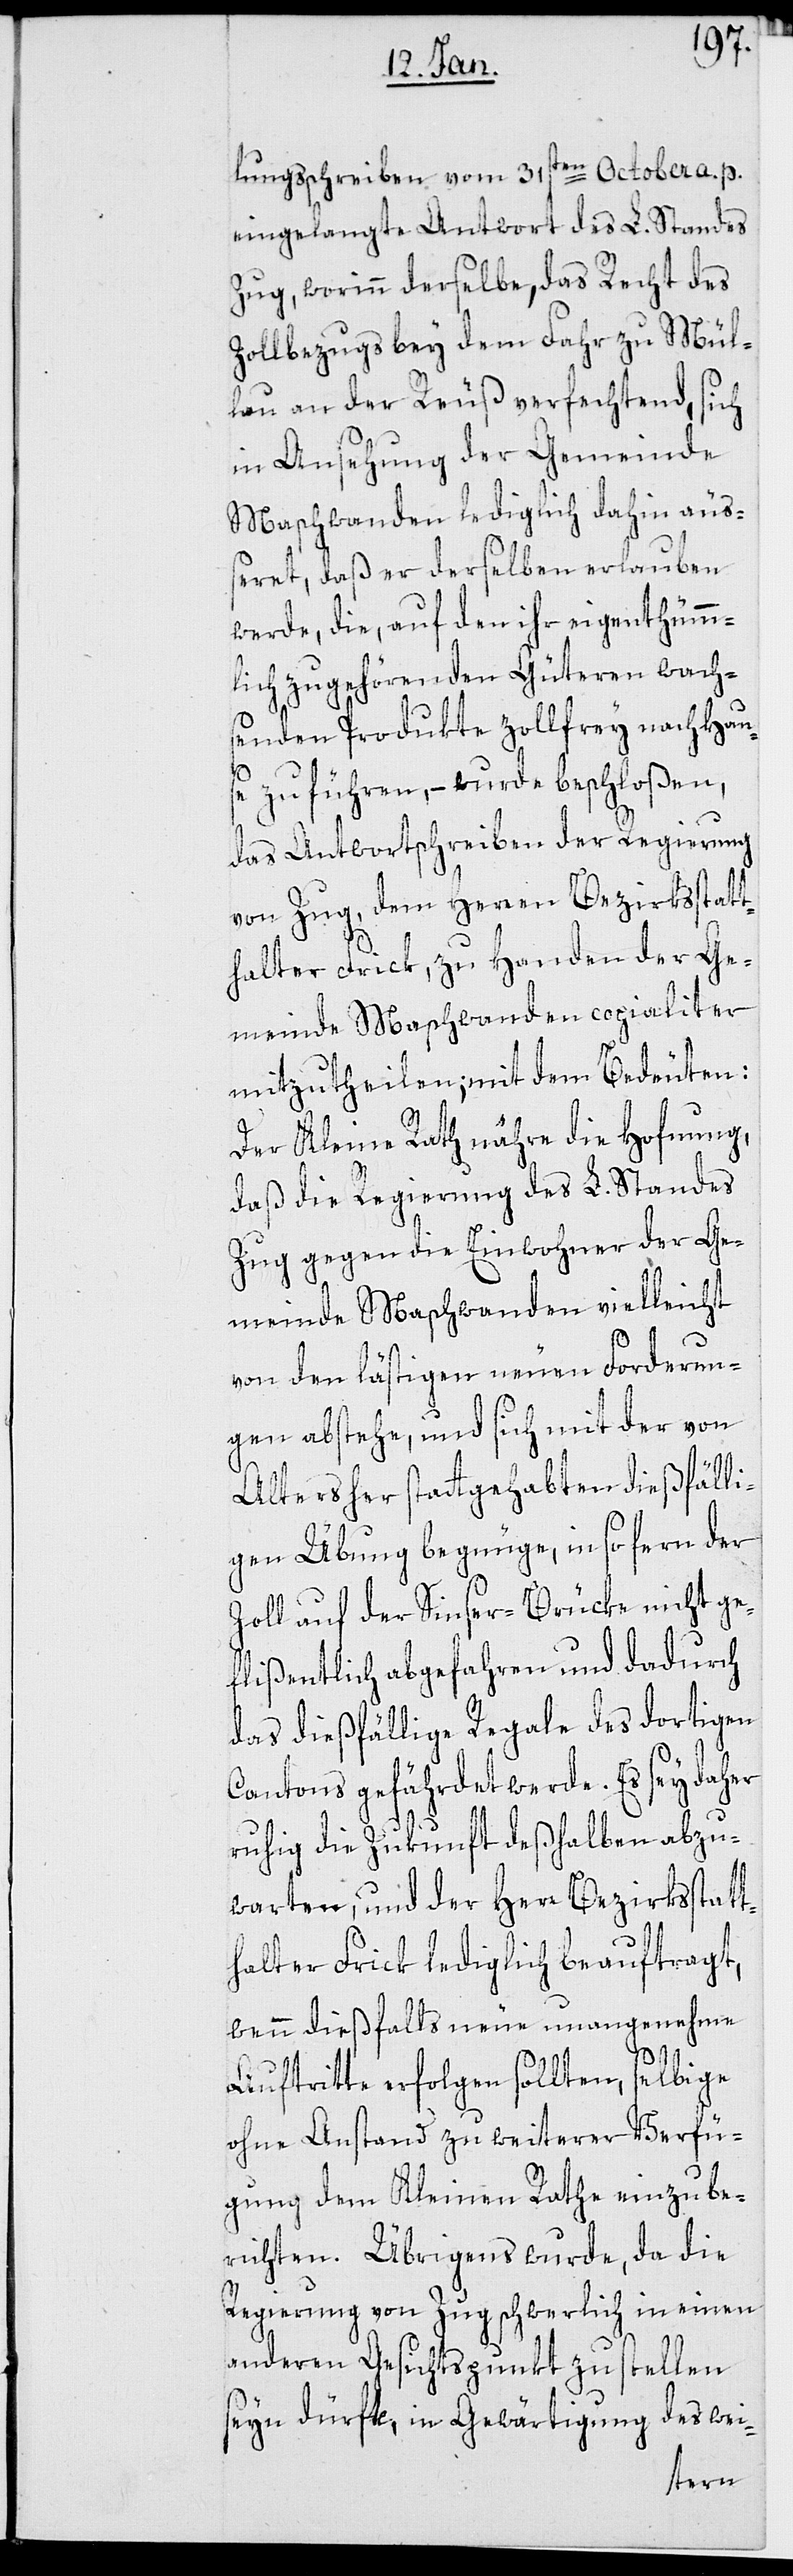
lungsschreiben vom 31sten October a. p.
eingelangte Antwort des L. Standes
Zug, worinn derselbe das Recht des
Zollbezugs bey dem Fahr zu Mühl¬
au an der Reuß verfechtend, sich
in Ansehung der Gemeinde
Maschwanden lediglich dahin äuß¬
eret, daß er derselben erlauben
werde, die, auf den ihr eigenthüm¬
lich zugehörenden Güteren wach¬
senden Produkte zollfrey nach Hau¬
se zu führen, – wurde beschloßen,
das Antwortschreiben der Regierung
von Zug, dem Herren Bezirksstatt¬
halter Frick, zu Handen der Ge¬
meinde Maschwanden copialiter
mitzutheilen; mit dem Bedeuten:
Der Kleine Rath nähre die Hofnung,
daß die Regierung des L. Standes
Zug gegen die Einwohner der Ge¬
meinde Maschwanden vielleicht
von den lästigen neuen Forderun¬
gen abstehe, und sich mit der von
Alters her stattgehabten dießfälli¬
gen Übung begnüge, in so fern der
Zoll auf der Sinser-Brücke nicht ge¬
flißentlich abgefahren und dadurch
das dießfällige Regale des dortigen
Cantons gefährdet werde. Es sey daher
ruhig die Zukunft deßhalben abzu¬
warten, und der Herr Bezirksstatt¬
halter Frick lediglich beauftragt,
wenn dießfalls neue unangenehme
Auftritte erfolgen sollten, selbige
ohne Anstand zu weiterer Verfü¬
gung dem Kleinen Rathe einzube¬
richten. Übrigens wurde, da die
Regierung von Zug schwerlich in einen
anderen Gesichtspunkt zu stellen
seyn dürfte, in Gewärtigung des wei-